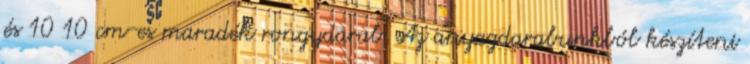
és 10 10 cm-es maradék rongydarab. Az anyagdarabunkból készíteni